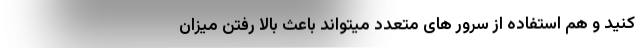
کنید و هم استفاده از سرور های متعدد میتواند باعث بالا رفتن میزان